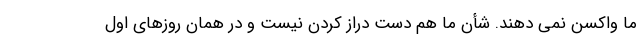
ما واکسن نمی دهند. شأن ما هم دست دراز کردن نیست و در همان روزهای اول